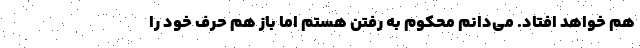
هم خواهد افتاد. می‌دانم محکوم به رفتن هستم اما باز هم حرف خود را